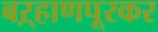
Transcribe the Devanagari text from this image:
बऱ्हाणपूरकर